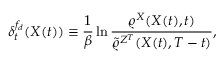
\delta _ { t } ^ { f _ { d } } ( X ( t ) ) \equiv \frac { 1 } { \beta } \ln \frac { \varrho ^ { X } ( X ( t ) , t ) } { \tilde { \varrho } ^ { Z ^ { T } } ( X ( t ) , T - t ) } ,